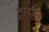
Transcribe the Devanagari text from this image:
ट्रायून